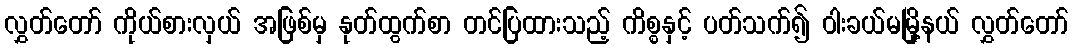
လွှတ်တော် ကိုယ်စားလှယ် အဖြစ်မှ နုတ်ထွက်စာ တင်ပြထားသည့် ကိစ္စနှင့် ပတ်သက်၍ ဝါးခယ်မမြို့နယ် လွှတ်တော်